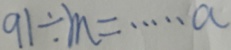
9 1 \div m = \cdots a